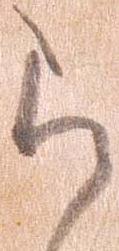
ら